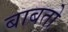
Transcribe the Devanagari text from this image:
बाबतो